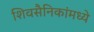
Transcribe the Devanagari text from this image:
शिवसैनिकांमध्ये